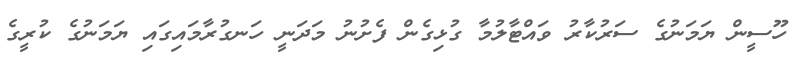
ހޫސީން ޔަމަނުގެ ސަރުކާރު ވައްޓާލުމާ ގުޅިގެން ފެށުނު މަދަނީ ހަނގުރާމައިގައި ޔަމަނުގެ ކުރީގެ